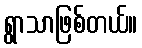
ရွာသာဖြစ်တယ်။